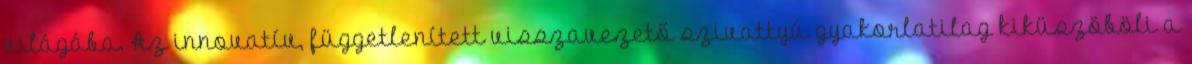
világába. Az innovatív, függetlenített visszavezető szivattyú gyakorlatilag kiküszöböli a